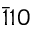
\bar { 1 } 1 0